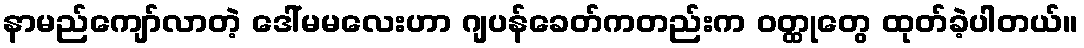
နာမည်ကျော်လာတဲ့ ဒေါ်မမလေးဟာ ဂျပန်ခေတ်ကတည်းက ဝတ္ထုတွေ ထုတ်ခဲ့ပါတယ်။